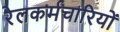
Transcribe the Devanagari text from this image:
रेलकर्मचारियों